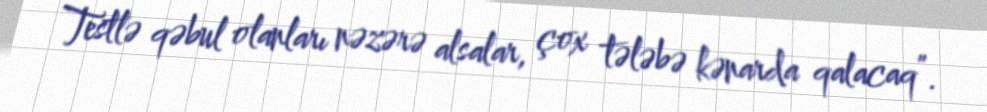
Testlə qəbul olanları nəzərə alsalar, çox tələbə kənarda qalacaq”.